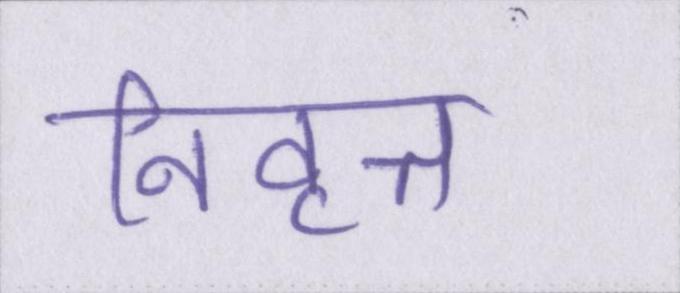
निवृत्त